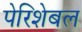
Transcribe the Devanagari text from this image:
पेरिशेबल